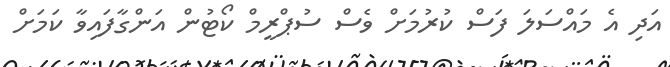
އަދި އެ މައްސަލަ ފަސް ކުރުމަށް ވެސް ސުޕްރީމް ކޯޓުން އަންގާފައިވާ ކަމަށް